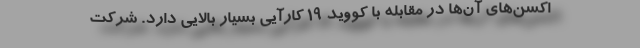
اکسن‌های آن‌ها در مقابله با کووید ۱۹ کارآیی بسیار بالایی دارد. شرکت